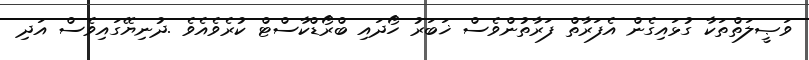
ވަޞީލަތްތަކާ ގުޅައިގެން އެފަރާތް ފަރާތުންވެސް ޚަބަރު ހޯދައި ބްރޯޑްކާސްޓް ކުރެވެއެވެ .ދުނިޔޭގައިވެސް އަދި